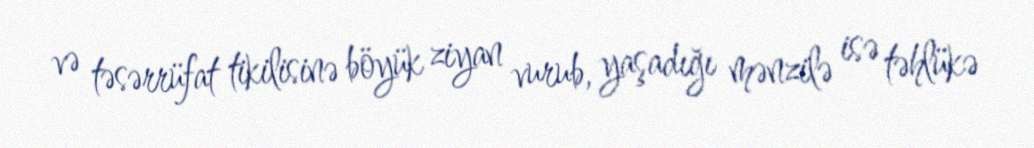
və təsərrüfat tikilisinə böyük ziyan vurub, yaşadığı mənzilə isə təhlükə